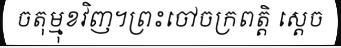
ចតុម្មុខវិញ។ព្រះចៅចក្រពត្តិ ស្តេច